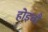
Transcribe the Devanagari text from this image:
होइबौ